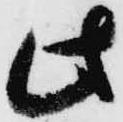
此